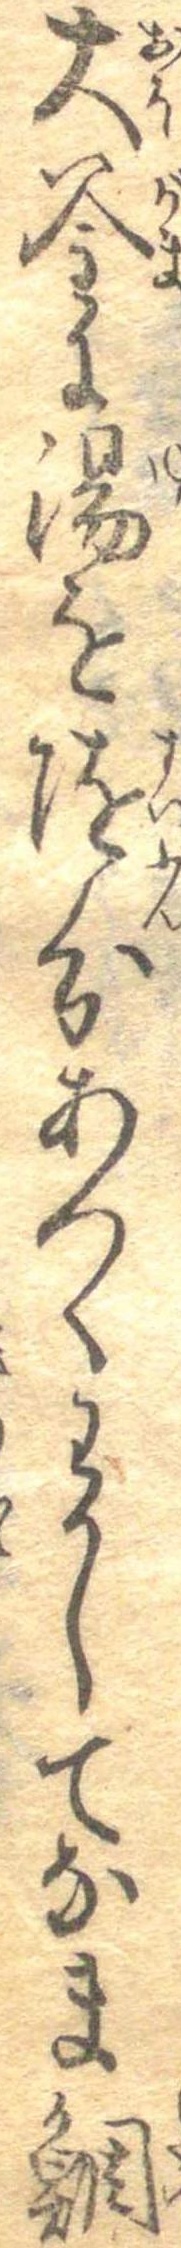
大釜に湯を随分あつくわかしてなま鯛